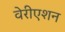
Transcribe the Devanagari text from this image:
वेरीएशन